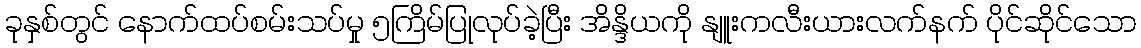
ခုနှစ်တွင် နောက်ထပ်စမ်းသပ်မှု ၅ကြိမ်ပြုလုပ်ခဲ့ပြီး အိန္ဒိယကို နျူးကလီးယားလက်နက် ပိုင်ဆိုင်သော